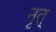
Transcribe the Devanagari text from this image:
नृत्